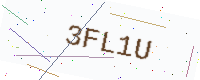
Text: 3FL1U